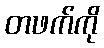
တဖက်ကို